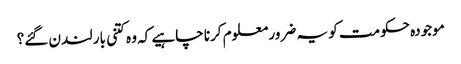
موجودہ حکومت کو یہ ضرور معلوم کرنا چاہیے کہ وہ کتنی بار لندن گئے؟